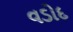
વડોદ